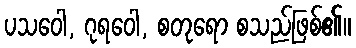
ပသဝေါ, ဂုရဝေါ, စတုရော စသည်ဖြစ်၏။